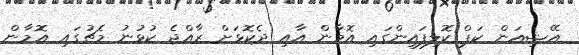
އޭޝިއަން ކަޕް ކޮލިފައިންގައި އޮމާން އާއި ދެކޮޅަށް ރާއްޖެ ކުޅުނު މެޗުގައި އޮމާން